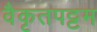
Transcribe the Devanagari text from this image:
वैकृतपट्टम